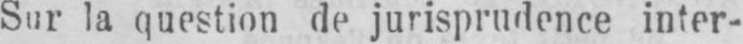
Sur la question de jurisprudence inter-